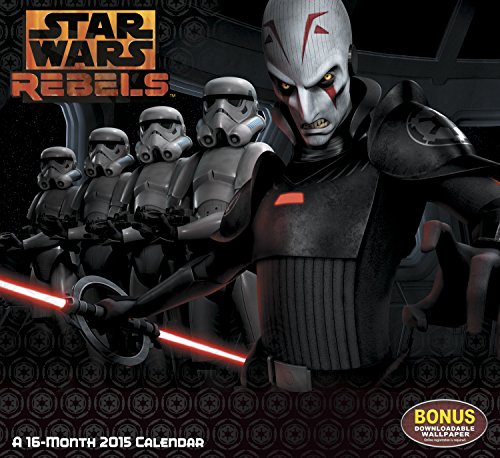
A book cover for Star Wars Rebels Wall Calendar (2015); Day Dream; Calendars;